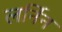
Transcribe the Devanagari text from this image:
लर्निन